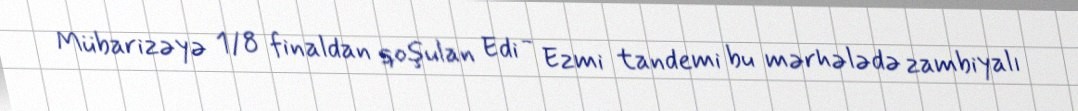
Mübarizəyə 1/8 finaldan qoşulan Edi - Ezmi tandemi bu mərhələdə zambiyalı